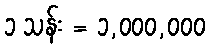
၁ သန်း = ၁,၀၀၀,၀၀၀